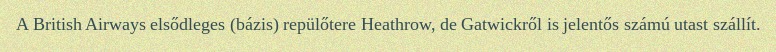
A British Airways elsődleges (bázis) repülőtere Heathrow, de Gatwickről is jelentős számú utast szállít.